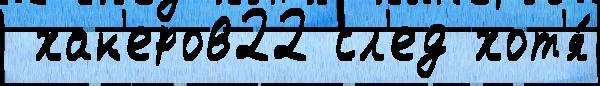
 хак'еров22 сл'ед хот'я́